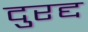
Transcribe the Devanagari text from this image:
दुरद्द